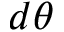
d \theta